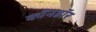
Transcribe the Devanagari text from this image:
काॅनडाॅर